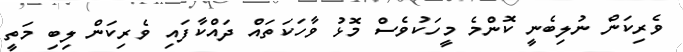
ވެރިކަން ނުލިބެނީ ކޮންމެ މީހަކުވެސް މޮޅު ވާހަކަތައް ދައްކާފައި ވެރިކަން ލިބި މަތީ